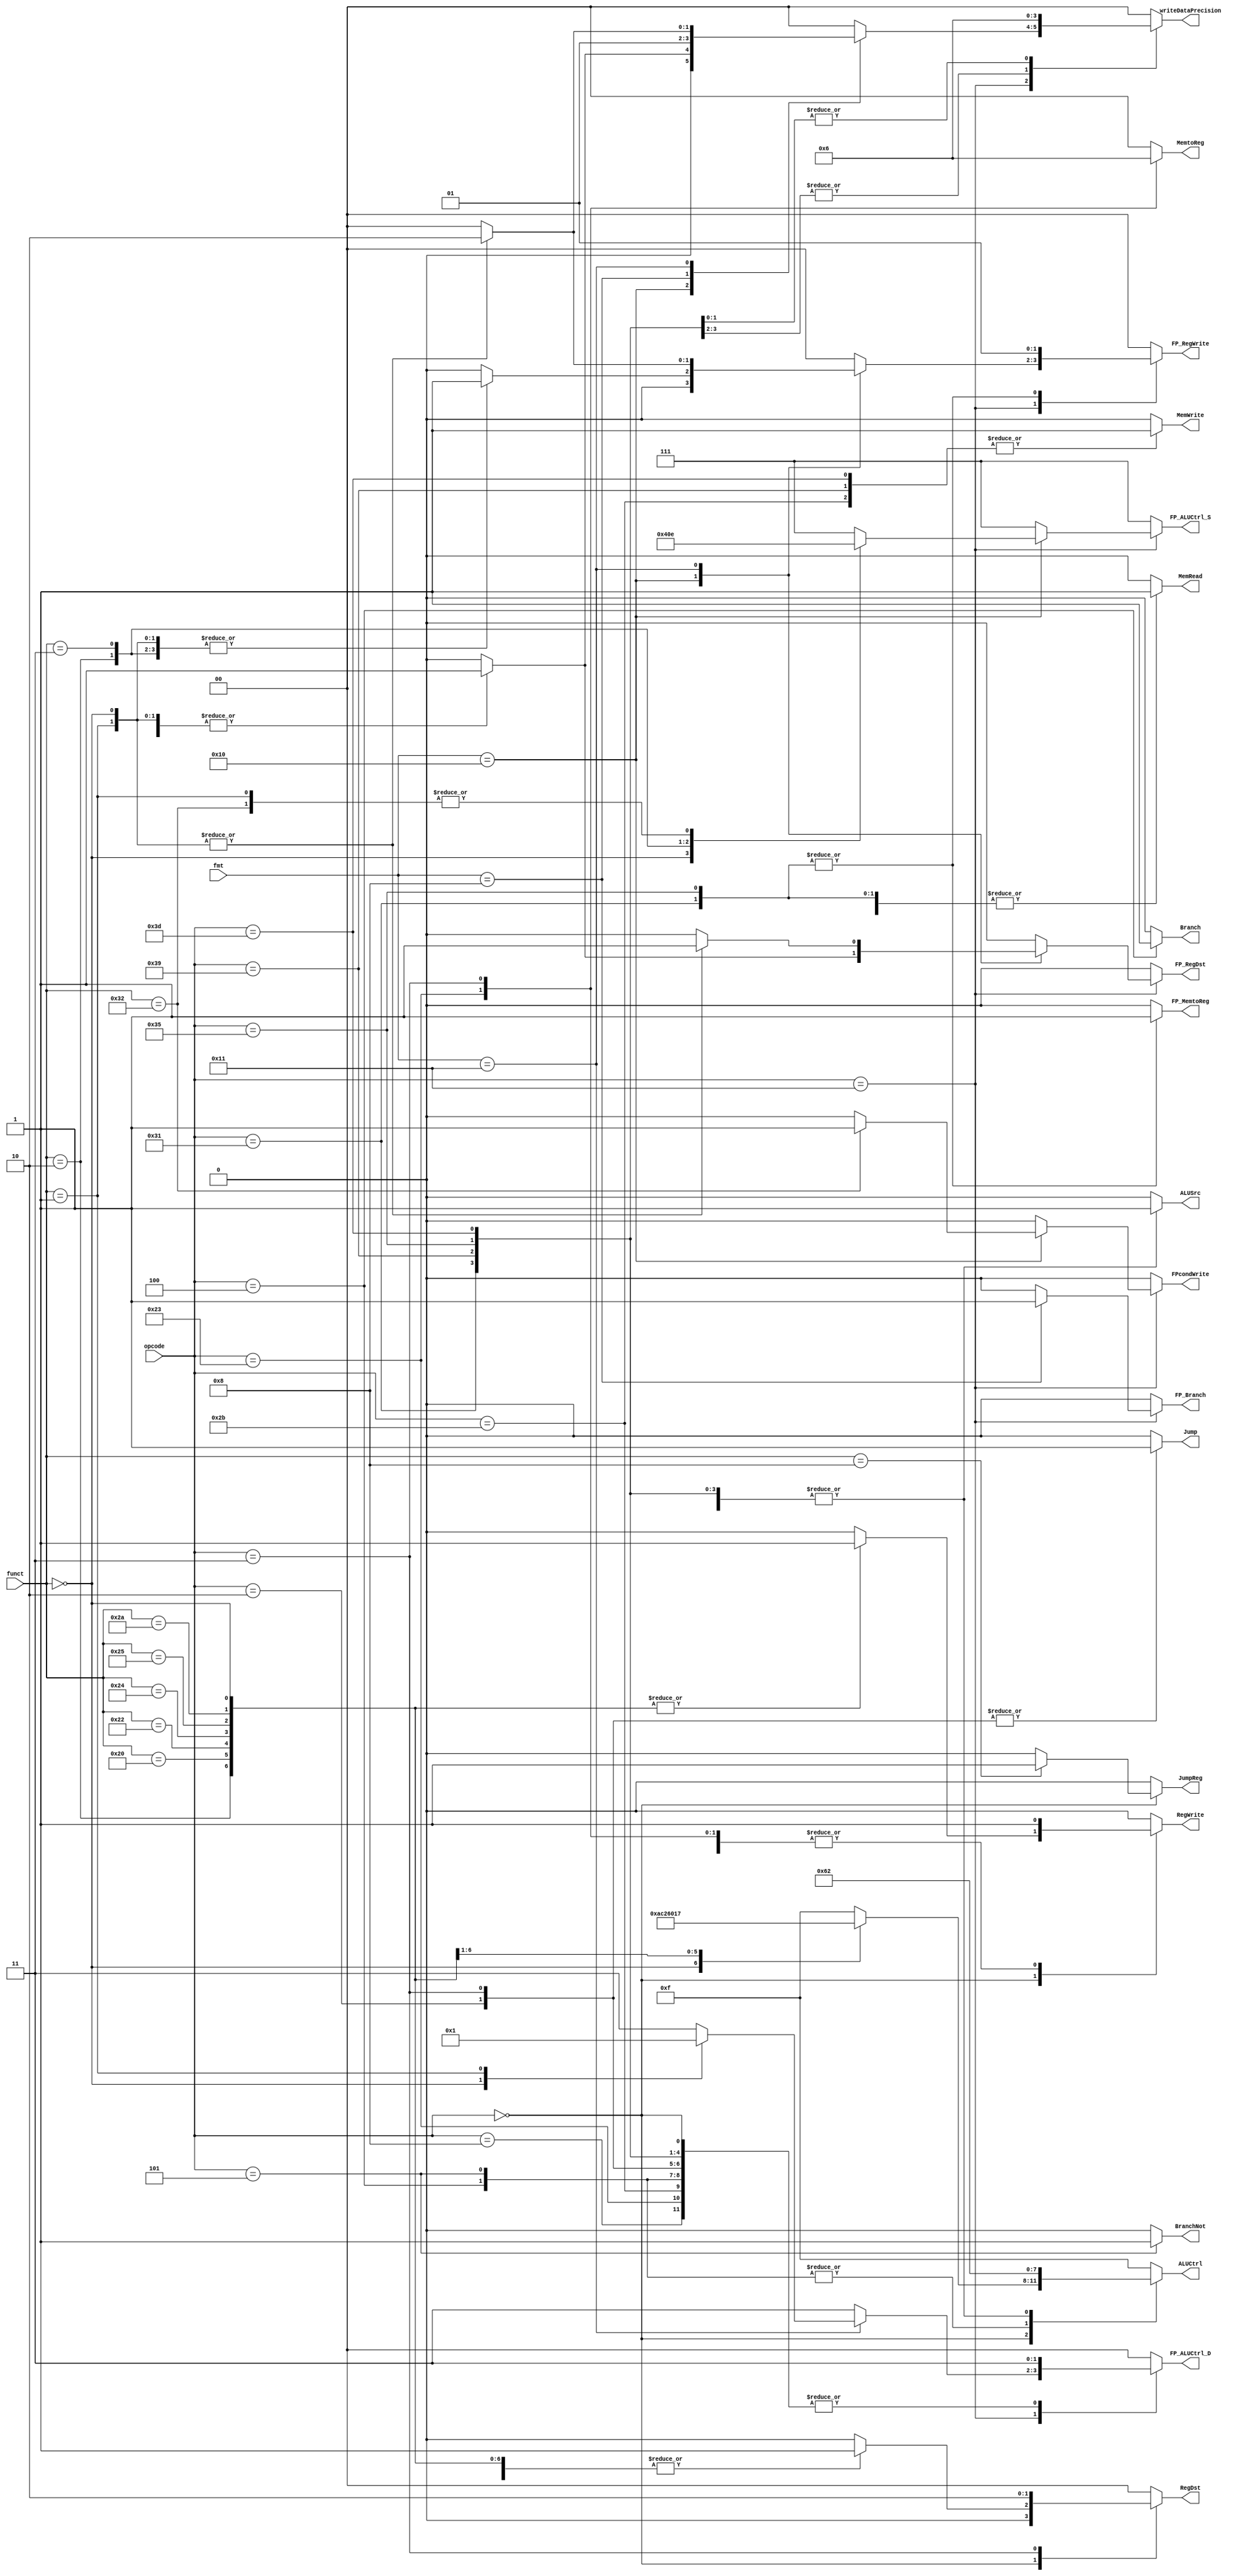
/*
+-------------+------+---------------+-----------+-----------------+
| Instruction | Type | Op Code (Hex) | FMT (Hex) | Func Code (Hex) |
+-------------+------+---------------+-----------+-----------------+
|     sll     |   R  |       0       |    N/A    |        00       |
+-------------+------+---------------+-----------+-----------------+
|     srl     |   R  |       0       |    N/A    |        02       |
+-------------+------+---------------+-----------+-----------------+
|     add     |   R  |       0       |    N/A    |        20       |
+-------------+------+---------------+-----------+-----------------+
|     sub     |   R  |       0       |    N/A    |        22       |
+-------------+------+---------------+-----------+-----------------+
|     and     |   R  |       0       |    N/A    |        24       |
+-------------+------+---------------+-----------+-----------------+
|      or     |   R  |       0       |    N/A    |        25       |
+-------------+------+---------------+-----------+-----------------+
|     slt     |   R  |       0       |    N/A    |        2A       |
+-------------+------+---------------+-----------+-----------------+
|     addi    |   I  |       8       |    N/A    |       N/A       |
+-------------+------+---------------+-----------+-----------------+
|      lw     |   I  |       23      |    N/A    |       N/A       |
+-------------+------+---------------+-----------+-----------------+
|      sw     |   I  |       2B      |    N/A    |       N/A       |
+-------------+------+---------------+-----------+-----------------+
|     beq     |   I  |       4       |    N/A    |       N/A       |
+-------------+------+---------------+-----------+-----------------+
|     bne     |   I  |       5       |    N/A    |       N/A       |
+-------------+------+---------------+-----------+-----------------+
|      j      |   J  |       2       |    N/A    |       N/A       |
+-------------+------+---------------+-----------+-----------------+
|     jal     |   J  |       3       |    N/A    |       N/A       |
+-------------+------+---------------+-----------+-----------------+
|      jr     |   R  |       0       |    N/A    |        8        |
+-------------+------+---------------+-----------+-----------------+
|    add.s    |  FR  |       11      |     10    |        00       |
+-------------+------+---------------+-----------+-----------------+
|    sub.s    |  FR  |       11      |     10    |        01       |
+-------------+------+---------------+-----------+-----------------+
|    mul.s    |  FR  |       11      |     10    |        02       |
+-------------+------+---------------+-----------+-----------------+
|    div.s    |  FR  |       11      |     10    |        03       |
+-------------+------+---------------+-----------+-----------------+
|     lwcl    |   I  |       31      |    N/A    |       N/A       |
+-------------+------+---------------+-----------+-----------------+
|     swcl    |   I  |       39      |    N/A    |       N/A       |
+-------------+------+---------------+-----------+-----------------+
|    c.eq.s   |  FR  |       11      |     10    |        32       |
+-------------+------+---------------+-----------+-----------------+
|     bclt    |  FI  |       11      |     8     |       N/A       |
+-------------+------+---------------+-----------+-----------------+
|    add.d    |  FR  |       11      |     11    |        00       |
+-------------+------+---------------+-----------+-----------------+
|    sub.d    |  FR  |       11      |     11    |        01       |
+-------------+------+---------------+-----------+-----------------+
|     ldcl    |   I  |       35      |    N/A    |       N/A       |
+-------------+------+---------------+-----------+-----------------+
|     sdcl    |   I  |       3D      |    N/A    |       N/A       |
+-------------+------+---------------+-----------+-----------------+
*/

module Control (
	input [5:0] opcode,
	input [4:0] fmt,
	input [5:0] funct,

	output reg [1:0] RegDst, //fp reg
	output reg Jump,
	output reg JumpReg,
	output reg Branch, //beq
	output reg BranchNot, //bne
	output reg MemRead,
	output reg [1:0] MemtoReg,
	output reg [3:0] ALUCtrl,
	output reg MemWrite,
	output reg ALUSrc,
	output reg RegWrite, //int reg

	output reg FP_RegDst, //fp reg
	output reg FP_MemtoReg, //fp reg
	output reg [2:0] FP_ALUCtrl_S, //single precision ALU
	output reg [1:0] FP_ALUCtrl_D, //double precision ALU
	output reg [1:0] FP_RegWrite, //fp reg
	output reg FP_Branch,
	output reg FPcondWrite, //c.eq.s

	output reg [1:0] writeDataPrecision //int:00, single:01, double:10
);

	always @(*) begin

		case (opcode)
			6'h0: begin //r-type
				case (funct)
					6'h00: begin //sll
						RegDst = 2'b01;
						Jump = 1'b0;
						JumpReg = 1'b0;
						Branch = 1'b0;
						BranchNot = 1'b0;
						MemRead = 1'b0;
						MemtoReg = 2'b00;
						ALUCtrl = 4'b1010;
						MemWrite = 1'b0;
						ALUSrc = 1'b0;
						RegWrite = 1'b1;
						FP_RegDst = 1'b0;
						FP_MemtoReg = 1'b0;
						FP_ALUCtrl_S = 3'b111;
						FP_ALUCtrl_D = 2'b11;
						FP_RegWrite = 2'b00;
						FP_Branch = 1'b0;
						FPcondWrite = 1'b0;
						writeDataPrecision = 2'b00; //int
					end

					6'h02: begin //srl
						RegDst = 2'b01;
						Jump = 1'b0;
						JumpReg = 1'b0;
						Branch = 1'b0;
						BranchNot= 1'b0;
						MemRead = 1'b0;
						MemtoReg = 2'b00;
						ALUCtrl = 4'b1100;
						MemWrite = 1'b0;
						ALUSrc = 1'b0;
						RegWrite = 1'b1;
						FP_RegDst = 1'b0;
						FP_MemtoReg = 1'b0;
						FP_ALUCtrl_S = 3'b111;
						FP_ALUCtrl_D = 2'b11;
						FP_RegWrite = 2'b00;
						FP_Branch = 1'b0;
						FPcondWrite = 1'b0;
						writeDataPrecision = 2'b00; //int
					end

					6'h20: begin //add
						RegDst = 2'b01;
						Jump = 1'b0;
						JumpReg = 1'b0;
						Branch = 1'b0;
						BranchNot = 1'b0;
						MemRead = 1'b0;
						MemtoReg = 2'b00;
						ALUCtrl = 4'b0010;
						MemWrite = 1'b0;
						ALUSrc = 1'b0;
						RegWrite = 1'b1;
						FP_RegDst = 1'b0;
						FP_MemtoReg = 1'b0;
						FP_ALUCtrl_S = 3'b111;
						FP_ALUCtrl_D = 2'b11;
						FP_RegWrite = 2'b00;
						FP_Branch = 1'b0;
						FPcondWrite = 1'b0;
						writeDataPrecision = 2'b00; //int
					end

					6'h22: begin //sub
						RegDst = 2'b01;
						Jump = 1'b0;
						JumpReg = 1'b0;
						Branch = 1'b0;
						BranchNot = 1'b0;
						MemRead = 1'b0;
						MemtoReg = 2'b00;
						ALUCtrl = 4'b0110;
						MemWrite = 1'b0;
						ALUSrc = 1'b0;
						RegWrite = 1'b1;
						FP_RegDst = 1'b0;
						FP_MemtoReg = 1'b0;
						FP_ALUCtrl_S = 3'b111;
						FP_ALUCtrl_D = 2'b11;
						FP_RegWrite = 2'b00;
						FP_Branch = 1'b0;
						FPcondWrite = 1'b0;
						writeDataPrecision = 2'b00; //int
					end

					6'h24: begin //and
						RegDst = 2'b01;
						Jump = 1'b0;
						JumpReg = 1'b0;
						Branch = 1'b0;
						BranchNot = 1'b0;
						MemRead = 1'b0;
						MemtoReg = 2'b00;
						ALUCtrl = 4'b0000;
						MemWrite = 1'b0;
						ALUSrc = 1'b0;
						RegWrite = 1'b1;
						FP_RegDst = 1'b0;
						FP_MemtoReg = 1'b0;
						FP_ALUCtrl_S = 3'b111;
						FP_ALUCtrl_D = 2'b11;
						FP_RegWrite = 2'b00;
						FP_Branch = 1'b0;
						FPcondWrite = 1'b0;
						writeDataPrecision = 2'b00; //int
					end

					6'h25: begin //or
						RegDst = 2'b01;
						Jump = 1'b0;
						JumpReg = 1'b0;
						Branch = 1'b0;
						BranchNot = 1'b0;
						MemRead = 1'b0;
						MemtoReg = 2'b00;
						ALUCtrl = 4'b0001;
						MemWrite = 1'b0;
						ALUSrc = 1'b0;
						RegWrite = 1'b1;
						FP_RegDst = 1'b0;
						FP_MemtoReg = 1'b0;
						FP_ALUCtrl_S = 3'b111;
						FP_ALUCtrl_D = 2'b11;
						FP_RegWrite = 2'b00;
						FP_Branch = 1'b0;
						FPcondWrite = 1'b0;
						writeDataPrecision = 2'b00; //int
					end

					6'h2a: begin //slt
						RegDst = 2'b01;
						Jump = 1'b0;
						JumpReg = 1'b0;
						Branch = 1'b0;
						BranchNot = 1'b0;
						MemRead = 1'b0;
						MemtoReg = 2'b00;
						ALUCtrl = 4'b0111;
						MemWrite = 1'b0;
						ALUSrc = 1'b0;
						RegWrite = 1'b1;
						FP_RegDst = 1'b0;
						FP_MemtoReg = 1'b0;
						FP_ALUCtrl_S = 3'b111;
						FP_ALUCtrl_D = 2'b11;
						FP_RegWrite = 2'b00;
						FP_Branch = 1'b0;
						FPcondWrite = 1'b0;
						writeDataPrecision = 2'b00; //int
					end

					6'h8: begin //jr
						RegDst = 2'b01;
						Jump = 1'b0;
						JumpReg = 1'b1;
						Branch = 1'b0;
						BranchNot = 1'b0;
						MemRead = 1'b0;
						MemtoReg = 2'b00;
						ALUCtrl = 4'b1111;
						MemWrite = 1'b0;
						ALUSrc = 1'b0;
						RegWrite = 1'b0;
						FP_RegDst = 1'b0;
						FP_MemtoReg = 1'b0;
						FP_ALUCtrl_S = 3'b111;
						FP_ALUCtrl_D = 2'b11;
						FP_RegWrite = 2'b00;
						FP_Branch = 1'b0;
						FPcondWrite = 1'b0;
						writeDataPrecision = 2'b00; //int
					end
				
					default : begin
						RegDst = 2'b00;
						Jump = 1'b0;
						JumpReg = 1'b0;
						Branch = 1'b0;
						BranchNot = 1'b0;
						MemRead = 1'b0;
						MemtoReg = 2'b00;
						ALUCtrl = 4'b1111;
						MemWrite = 1'b0;
						ALUSrc = 1'b0;
						RegWrite = 1'b0;
						FP_RegDst = 1'b0;
						FP_MemtoReg = 1'b0;
						FP_ALUCtrl_S = 3'b111;
						FP_ALUCtrl_D = 2'b11;
						FP_RegWrite = 2'b00;
						FP_Branch = 1'b0;
						FPcondWrite = 1'b0;
						writeDataPrecision = 2'b00; //int
					end
				endcase
			end

			6'h11: begin //fr & fi-type
				case (fmt)
					5'h10: begin //single precision
						case (funct)
							6'h00: begin //add.s
								RegDst = 2'b00;
								Jump = 1'b0;
								JumpReg = 1'b0;
								Branch = 1'b0;
								BranchNot = 1'b0;
								MemRead = 1'b0;
								MemtoReg = 2'b00;
								ALUCtrl = 4'b1111;
								MemWrite = 1'b0;
								ALUSrc = 1'b0;
								RegWrite = 1'b0;
								FP_RegDst = 1'b1;
								FP_MemtoReg = 1'b0;
								FP_ALUCtrl_S = 3'b010;
								FP_ALUCtrl_D = 2'b11;
								FP_RegWrite = 2'b01; //write to 1 reg
								FP_Branch = 1'b0;
								FPcondWrite = 1'b0;
								writeDataPrecision = 2'b01; //single
							end

							6'h01: begin //sub.s
								RegDst = 2'b00;
								Jump = 1'b0;
								JumpReg = 1'b0;
								Branch = 1'b0;
								BranchNot = 1'b0;
								MemRead = 1'b0;
								MemtoReg = 2'b00;
								ALUCtrl = 4'b1111;
								MemWrite = 1'b0;
								ALUSrc = 1'b0;
								RegWrite = 1'b0;
								FP_RegDst = 1'b1;
								FP_MemtoReg = 1'b0;
								FP_ALUCtrl_S = 3'b110;
								FP_ALUCtrl_D = 2'b11;
								FP_RegWrite = 2'b01; //write to 1 reg
								FP_Branch = 1'b0;
								FPcondWrite = 1'b0;
								writeDataPrecision = 2'b01; //single
							end

							6'h02: begin //mul.s
								RegDst = 2'b00;
								Jump = 1'b0;
								JumpReg = 1'b0;
								Branch = 1'b0;
								BranchNot = 1'b0;
								MemRead = 1'b0;
								MemtoReg = 2'b00;
								ALUCtrl = 4'b1111;
								MemWrite = 1'b0;
								ALUSrc = 1'b0;
								RegWrite = 1'b0;
								FP_RegDst = 1'b1;
								FP_MemtoReg = 1'b0;
								FP_ALUCtrl_S = 3'b000;
								FP_ALUCtrl_D = 2'b11;
								FP_RegWrite = 2'b01; //write to 1 reg
								FP_Branch = 1'b0;
								FPcondWrite = 1'b0;
								writeDataPrecision = 2'b01; //single
							end

							6'h03: begin //div.s
								RegDst = 2'b00;
								Jump = 1'b0;
								JumpReg = 1'b0;
								Branch = 1'b0;
								BranchNot = 1'b0;
								MemRead = 1'b0;
								MemtoReg = 2'b00;
								ALUCtrl = 4'b1111;
								MemWrite = 1'b0;
								ALUSrc = 1'b0;
								RegWrite = 1'b0;
								FP_RegDst = 1'b1;
								FP_MemtoReg = 1'b0;
								FP_ALUCtrl_S = 3'b001;
								FP_ALUCtrl_D = 2'b11;
								FP_RegWrite = 2'b01; //write to 1 reg
								FP_Branch = 1'b0;
								FPcondWrite = 1'b0;
								writeDataPrecision = 2'b01; //single
							end

							6'h32: begin //c.eq.s
								RegDst = 2'b00;
								Jump = 1'b0;
								JumpReg = 1'b0;
								Branch = 1'b0;
								BranchNot = 1'b0;
								MemRead = 1'b0;
								MemtoReg = 2'b00;
								ALUCtrl = 4'b1111;
								MemWrite = 1'b0;
								ALUSrc = 1'b0;
								RegWrite = 1'b0;
								FP_RegDst = 1'b1;
								FP_MemtoReg = 1'b0;
								FP_ALUCtrl_S = 3'b110; //sub.s
								FP_ALUCtrl_D = 2'b11;
								FP_RegWrite = 2'b00; //write to 1 reg
								FP_Branch = 1'b0;
								FPcondWrite = 1'b1; //fs == ft
								writeDataPrecision = 2'b01; //single
							end
						
							default : begin
								RegDst = 2'b00;
								Jump = 1'b0;
								JumpReg = 1'b0;
								Branch = 1'b0;
								BranchNot = 1'b0;
								MemRead = 1'b0;
								MemtoReg = 2'b00;
								ALUCtrl = 4'b1111;
								MemWrite = 1'b0;
								ALUSrc = 1'b0;
								RegWrite = 1'b0;
								FP_RegDst = 1'b0;
								FP_MemtoReg = 1'b0;
								FP_ALUCtrl_S = 3'b111;
								FP_ALUCtrl_D = 2'b11;
								FP_RegWrite = 2'b00;
								FP_Branch = 1'b0;
								FPcondWrite = 1'b0;
								writeDataPrecision = 2'b00; //int
							end
						endcase
					end

					5'h8: begin //bclt
						RegDst = 2'b00;
						Jump = 1'b0;
						JumpReg = 1'b0;
						Branch = 1'b0;
						BranchNot = 1'b0;
						MemRead = 1'b0;
						MemtoReg = 2'b00;
						ALUCtrl = 4'b1111;
						MemWrite = 1'b0;
						ALUSrc = 1'b0;
						RegWrite = 1'b0;
						FP_RegDst = 1'b0;
						FP_MemtoReg = 1'b0;
						FP_ALUCtrl_S = 3'b111;
						FP_ALUCtrl_D = 2'b11;
						FP_RegWrite = 2'b00;
						FP_Branch = 1'b1; //if(FPcond)PC=PC+4+BranchAddr
						FPcondWrite = 1'b0;
						writeDataPrecision = 2'b01; //single
					end

					5'h11: begin //double precision
						case (funct)
							6'h00: begin //add.d
								RegDst = 2'b00;
								Jump = 1'b0;
								JumpReg = 1'b0;
								Branch = 1'b0;
								BranchNot = 1'b0;
								MemRead = 1'b0;
								MemtoReg = 2'b00;
								ALUCtrl = 4'b1111;
								MemWrite = 1'b0;
								ALUSrc = 1'b0;
								RegWrite = 1'b0;
								FP_RegDst = 1'b1;
								FP_MemtoReg = 1'b0;
								FP_ALUCtrl_S = 3'b111;
								FP_ALUCtrl_D = 2'b00;
								FP_RegWrite = 2'b10; //write to 2 reg
								FP_Branch = 1'b0;
								FPcondWrite = 1'b0;
								writeDataPrecision = 2'b10; //double
							end

							6'h01: begin //sub.d
								RegDst = 2'b00;
								Jump = 1'b0;
								JumpReg = 1'b0;
								Branch = 1'b0;
								BranchNot = 1'b0;
								MemRead = 1'b0;
								MemtoReg = 2'b00;
								ALUCtrl = 4'b1111;
								MemWrite = 1'b0;
								ALUSrc = 1'b0;
								RegWrite = 1'b0;
								FP_RegDst = 1'b1;
								FP_MemtoReg = 1'b0;
								FP_ALUCtrl_S = 3'b111;
								FP_ALUCtrl_D = 2'b01;
								FP_RegWrite = 2'b10; //write to 2 reg
								FP_Branch = 1'b0;
								FPcondWrite = 1'b0;
								writeDataPrecision = 2'b10; //double
							end
						
							default : begin
								RegDst = 2'b00;
								Jump = 1'b0;
								JumpReg = 1'b0;
								Branch = 1'b0;
								BranchNot = 1'b0;
								MemRead = 1'b0;
								MemtoReg = 2'b00;
								ALUCtrl = 4'b1111;
								MemWrite = 1'b0;
								ALUSrc = 1'b0;
								RegWrite = 1'b0;
								FP_RegDst = 1'b0;
								FP_MemtoReg = 1'b0;
								FP_ALUCtrl_S = 3'b111;
								FP_ALUCtrl_D = 2'b11;
								FP_RegWrite = 2'b00;
								FP_Branch = 1'b0;
								FPcondWrite = 1'b0;
								writeDataPrecision = 2'b00; //int
							end
						endcase
					end
				
					default : begin
						RegDst = 2'b00;
						Jump = 1'b0;
						JumpReg = 1'b0;
						Branch = 1'b0;
						BranchNot = 1'b0;
						MemRead = 1'b0;
						MemtoReg = 2'b00;
						ALUCtrl = 4'b1111;
						MemWrite = 1'b0;
						ALUSrc = 1'b0;
						RegWrite = 1'b0;
						FP_RegDst = 1'b0;
						FP_MemtoReg = 1'b0;
						FP_ALUCtrl_S = 3'b111;
						FP_ALUCtrl_D = 2'b11;
						FP_RegWrite = 2'b00;
						FP_Branch = 1'b0;
						FPcondWrite = 1'b0;
						writeDataPrecision = 2'b00; //int
					end
				endcase
			end

			6'h8: begin //addi
				RegDst = 2'b00;
				Jump = 1'b0;
				JumpReg = 1'b0;
				Branch = 1'b0;
				BranchNot = 1'b0;
				MemRead = 1'b0;
				MemtoReg = 2'b00;
				ALUCtrl = 4'b0010; //add
				MemWrite = 1'b0;
				ALUSrc = 1'b1;
				RegWrite = 1'b1;
				FP_RegDst = 1'b0;
				FP_MemtoReg = 1'b0;
				FP_ALUCtrl_S = 3'b111;
				FP_ALUCtrl_D = 2'b11;
				FP_RegWrite = 2'b00;
				FP_Branch = 1'b0;
				FPcondWrite = 1'b0;
				writeDataPrecision = 2'b00;
			end

			6'h23: begin //lw
				RegDst = 2'b00;
				Jump = 1'b0;
				JumpReg = 1'b0;
				Branch = 1'b0;
				BranchNot = 1'b0;
				MemRead = 1'b1;
				MemtoReg = 2'b01;
				ALUCtrl = 4'b0010; //add
				MemWrite = 1'b0;
				ALUSrc = 1'b1;
				RegWrite = 1'b1;
				FP_RegDst = 1'b0;
				FP_MemtoReg = 1'b0;
				FP_ALUCtrl_S = 3'b111;
				FP_ALUCtrl_D = 2'b11;
				FP_RegWrite = 2'b00;
				FP_Branch = 1'b0;
				FPcondWrite = 1'b0;
				writeDataPrecision = 2'b00;
			end

			6'h2b: begin //sw
				RegDst = 2'b00;
				Jump = 1'b0;
				JumpReg = 1'b0;
				Branch = 1'b0;
				BranchNot = 1'b0;
				MemRead = 1'b0;
				MemtoReg = 2'b00;
				ALUCtrl = 4'b0010; //add
				MemWrite = 1'b1;
				ALUSrc = 1'b1;
				RegWrite = 1'b0;
				FP_RegDst = 1'b0;
				FP_MemtoReg = 1'b0;
				FP_ALUCtrl_S = 3'b111;
				FP_ALUCtrl_D = 2'b11;
				FP_RegWrite = 2'b00;
				FP_Branch = 1'b0;
				FPcondWrite = 1'b0;
				writeDataPrecision = 2'b00;
			end

			6'h4: begin //beq
				RegDst = 2'b00;
				Jump = 1'b0;
				JumpReg = 1'b0;
				Branch = 1'b1;
				BranchNot = 1'b0;
				MemRead = 1'b0;
				MemtoReg = 2'b00;
				ALUCtrl = 4'b0110; //sub
				MemWrite = 1'b0;
				ALUSrc = 1'b0;
				RegWrite = 1'b0;
				FP_RegDst = 1'b0;
				FP_MemtoReg = 1'b0;
				FP_ALUCtrl_S = 3'b111;
				FP_ALUCtrl_D = 2'b11;
				FP_RegWrite = 2'b00;
				FP_Branch = 1'b0;
				FPcondWrite = 1'b0;
				writeDataPrecision = 2'b00;
			end

			6'h5: begin //bne
				RegDst = 2'b00;
				Jump = 1'b0;
				JumpReg = 1'b0;
				Branch = 1'b0;
				BranchNot = 1'b1;
				MemRead = 1'b0;
				MemtoReg = 2'b00;
				ALUCtrl = 4'b0110; //sub
				MemWrite = 1'b0;
				ALUSrc = 1'b0;
				RegWrite = 1'b0;
				FP_RegDst = 1'b0;
				FP_MemtoReg = 1'b0;
				FP_ALUCtrl_S = 3'b111;
				FP_ALUCtrl_D = 2'b11;
				FP_RegWrite = 2'b00;
				FP_Branch = 1'b0;
				FPcondWrite = 1'b0;
				writeDataPrecision = 2'b00;
			end

			6'h2: begin //j
				RegDst = 2'b00;
				Jump = 1'b1;
				JumpReg = 1'b0;
				Branch = 1'b0;
				BranchNot = 1'b0;
				MemRead = 1'b0;
				MemtoReg = 2'b00;
				ALUCtrl = 4'b1111;
				MemWrite = 1'b0;
				ALUSrc = 1'b0;
				RegWrite = 1'b0;
				FP_RegDst = 1'b0;
				FP_MemtoReg = 1'b0;
				FP_ALUCtrl_S = 3'b111;
				FP_ALUCtrl_D = 2'b11;
				FP_RegWrite = 2'b00;
				FP_Branch = 1'b0;
				FPcondWrite = 1'b0;
				writeDataPrecision = 2'b00;
			end

			6'h3: begin //jal
				RegDst = 2'b10; //rt=31
				Jump = 1'b1;
				JumpReg = 1'b0;
				Branch = 1'b0;
				BranchNot = 1'b0;
				MemRead = 1'b0;
				MemtoReg = 2'b10;
				ALUCtrl = 4'b1111;
				MemWrite = 1'b0;
				ALUSrc = 1'b0;
				RegWrite = 1'b1;
				FP_RegDst = 1'b0;
				FP_MemtoReg = 1'b0;
				FP_ALUCtrl_S = 3'b111;
				FP_ALUCtrl_D = 2'b11;
				FP_RegWrite = 2'b00;
				FP_Branch = 1'b0;
				FPcondWrite = 1'b0;
				writeDataPrecision = 2'b00;
			end

			6'h31: begin //lwcl
				RegDst = 2'b00;
				Jump = 1'b0;
				JumpReg = 1'b0;
				Branch = 1'b0;
				BranchNot = 1'b0;
				MemRead = 1'b1;
				MemtoReg = 2'b00;
				ALUCtrl = 4'b0010; //add
				MemWrite = 1'b0;
				ALUSrc = 1'b1;
				RegWrite = 1'b0;
				FP_RegDst = 1'b0;
				FP_MemtoReg = 1'b1;
				FP_ALUCtrl_S = 3'b111;
				FP_ALUCtrl_D = 2'b11;
				FP_RegWrite = 2'b01; //write to 1 reg
				FP_Branch = 1'b0;
				FPcondWrite = 1'b0;
				writeDataPrecision = 2'b01; //single
			end

			6'h39: begin //swcl
				RegDst = 2'b00;
				Jump = 1'b0;
				JumpReg = 1'b0;
				Branch = 1'b0;
				BranchNot = 1'b0;
				MemRead = 1'b0;
				MemtoReg = 2'b00;
				ALUCtrl = 4'b0010; //add
				MemWrite = 1'b1;
				ALUSrc = 1'b1;
				RegWrite = 1'b0;
				FP_RegDst = 1'b0;
				FP_MemtoReg = 1'b0;
				FP_ALUCtrl_S = 3'b111;
				FP_ALUCtrl_D = 2'b11;
				FP_RegWrite = 2'b00; //write to 0 reg
				FP_Branch = 1'b0;
				FPcondWrite = 1'b0;
				writeDataPrecision = 2'b01; //single
			end

			6'h35: begin //ldcl
				RegDst = 2'b00;
				Jump = 1'b0;
				JumpReg = 1'b0;
				Branch = 1'b0;
				BranchNot = 1'b0;
				MemRead = 1'b1;
				MemtoReg = 2'b00;
				ALUCtrl = 4'b0010; //add
				MemWrite = 1'b0;
				ALUSrc = 1'b1;
				RegWrite = 1'b0;
				FP_RegDst = 1'b0;
				FP_MemtoReg = 1'b1;
				FP_ALUCtrl_S = 3'b111;
				FP_ALUCtrl_D = 2'b11;
				FP_RegWrite = 2'b01; //write to 2 reg
				FP_Branch = 1'b0;
				FPcondWrite = 1'b0;
				writeDataPrecision = 2'b10; //double
			end

			6'h3d: begin //sdcl
				RegDst = 2'b00;
				Jump = 1'b0;
				JumpReg = 1'b0;
				Branch = 1'b0;
				BranchNot = 1'b0;
				MemRead = 1'b0;
				MemtoReg = 2'b00;
				ALUCtrl = 4'b0010; //add
				MemWrite = 1'b1;
				ALUSrc = 1'b1;
				RegWrite = 1'b0;
				FP_RegDst = 1'b0;
				FP_MemtoReg = 1'b0;
				FP_ALUCtrl_S = 3'b111;
				FP_ALUCtrl_D = 2'b11;
				FP_RegWrite = 2'b00; //write to 0 reg
				FP_Branch = 1'b0;
				FPcondWrite = 1'b0;
				writeDataPrecision = 2'b10; //double
			end
		
			default : begin
				RegDst = 2'b00;
				Jump = 1'b0;
				JumpReg = 1'b0;
				Branch = 1'b0;
				BranchNot = 1'b0;
				MemRead = 1'b0;
				MemtoReg = 2'b00;
				ALUCtrl = 4'b1111;
				MemWrite = 1'b0;
				ALUSrc = 1'b0;
				RegWrite = 1'b0;
				FP_RegDst = 1'b0;
				FP_MemtoReg = 1'b0;
				FP_ALUCtrl_S = 3'b111;
				FP_ALUCtrl_D = 2'b00;
				FP_RegWrite = 2'b00;
				FP_Branch = 1'b0;
				FPcondWrite = 1'b0;
				writeDataPrecision = 2'b00; //int
			end
		endcase
	
	end

endmodule